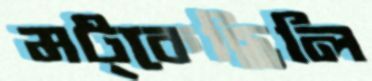
মট্‌কেছিলি